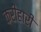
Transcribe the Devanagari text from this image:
करीहारी